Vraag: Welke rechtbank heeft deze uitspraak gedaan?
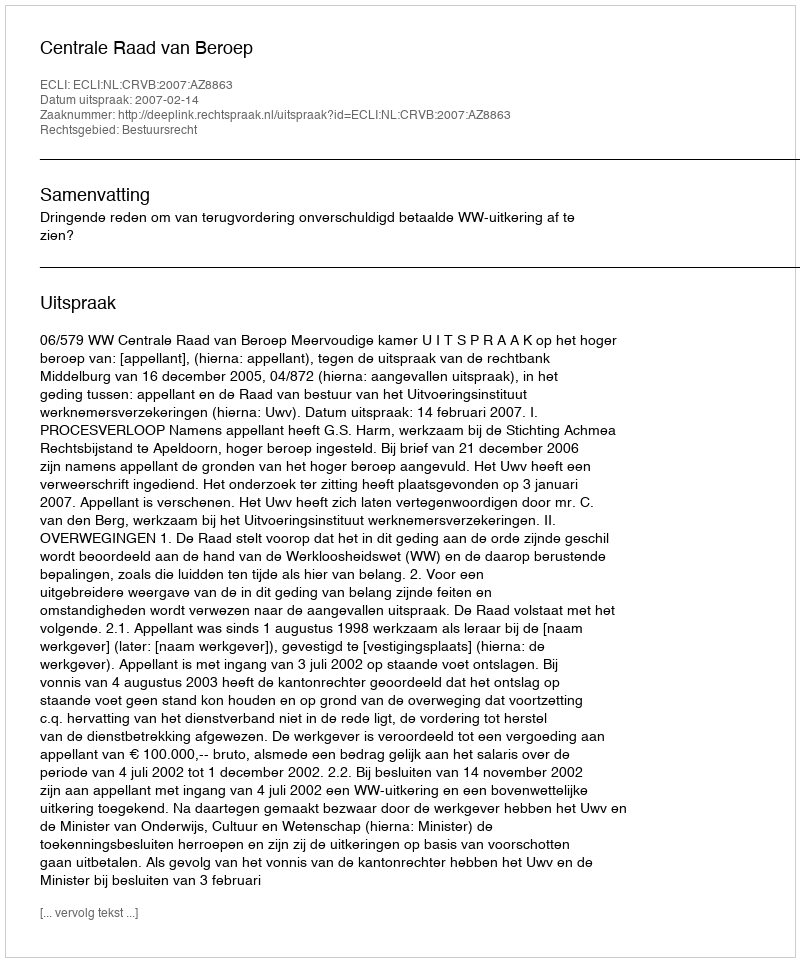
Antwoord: Centrale Raad van Beroep